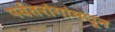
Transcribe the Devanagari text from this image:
पर्वतरांगांमधून